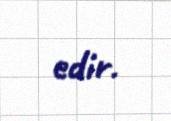
edir.